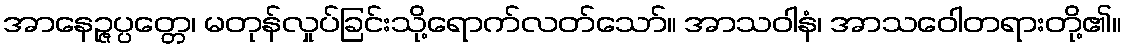
အာနေဉ္ဇပ္ပတ္တေ၊ မတုန်လှုပ်ခြင်းသို့ရောက်လတ်သော်။ အာသဝါနံ၊ အာသဝေါတရားတို့၏။